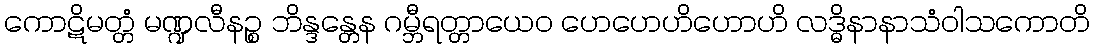
ကောဋိမတ္တံ မဏ္ဍလီနဉ္စ ဘိန္ဒန္တေန ဂမ္ဘီရတ္တာယေဝ ဟေဟေဟိဟောဟိ လဒ္ဓိနာနာသံဝါသကောတိ